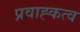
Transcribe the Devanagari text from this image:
प्रवाह्कत्व